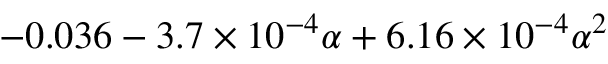
- 0 . 0 3 6 - 3 . 7 \times 1 0 ^ { - 4 } \alpha + 6 . 1 6 \times 1 0 ^ { - 4 } \alpha ^ { 2 }